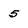
Character: 5